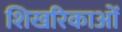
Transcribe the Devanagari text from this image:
शिखरिकाओं